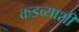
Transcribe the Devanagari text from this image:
कडव्याशी